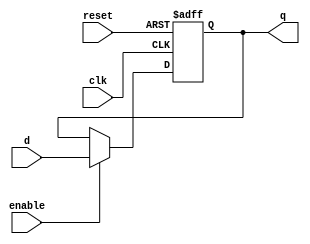
module ParamRegister #(
    parameter WIDTH = 8 // Default width is 8 bits
)(
    input wire clk,          // Clock signal
    input wire reset,        // Asynchronous reset signal
    input wire enable,       // Enable signal
    input wire [WIDTH-1:0] d, // Data input
    output reg [WIDTH-1:0] q  // Data output
);

    // Always block for synchronous operation and reset
    always @(posedge clk or posedge reset) begin
        if (reset) begin
            q <= {WIDTH{1'b0}}; // Initialize output to zero
        end else if (enable) begin
            q <= d; // Update output with data input
        end
        // If not reset and not enabled, retain previous value
    end

endmodule